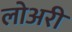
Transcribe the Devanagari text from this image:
लोअरी